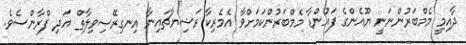
ދާއިމީ މެމްބަރުންނަނީ ޔޫއެންގެ ފައުންޑާ މެމްބަރުންކަމަށްވާ އެމެރިކާ ރަޝިޔާޗައިނާ އިނގިރޭސިވިލާތް އަދި ފްރާންސެވެ.